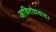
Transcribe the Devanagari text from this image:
अविरोधवाद।